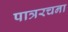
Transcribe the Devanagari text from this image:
पात्ररचना